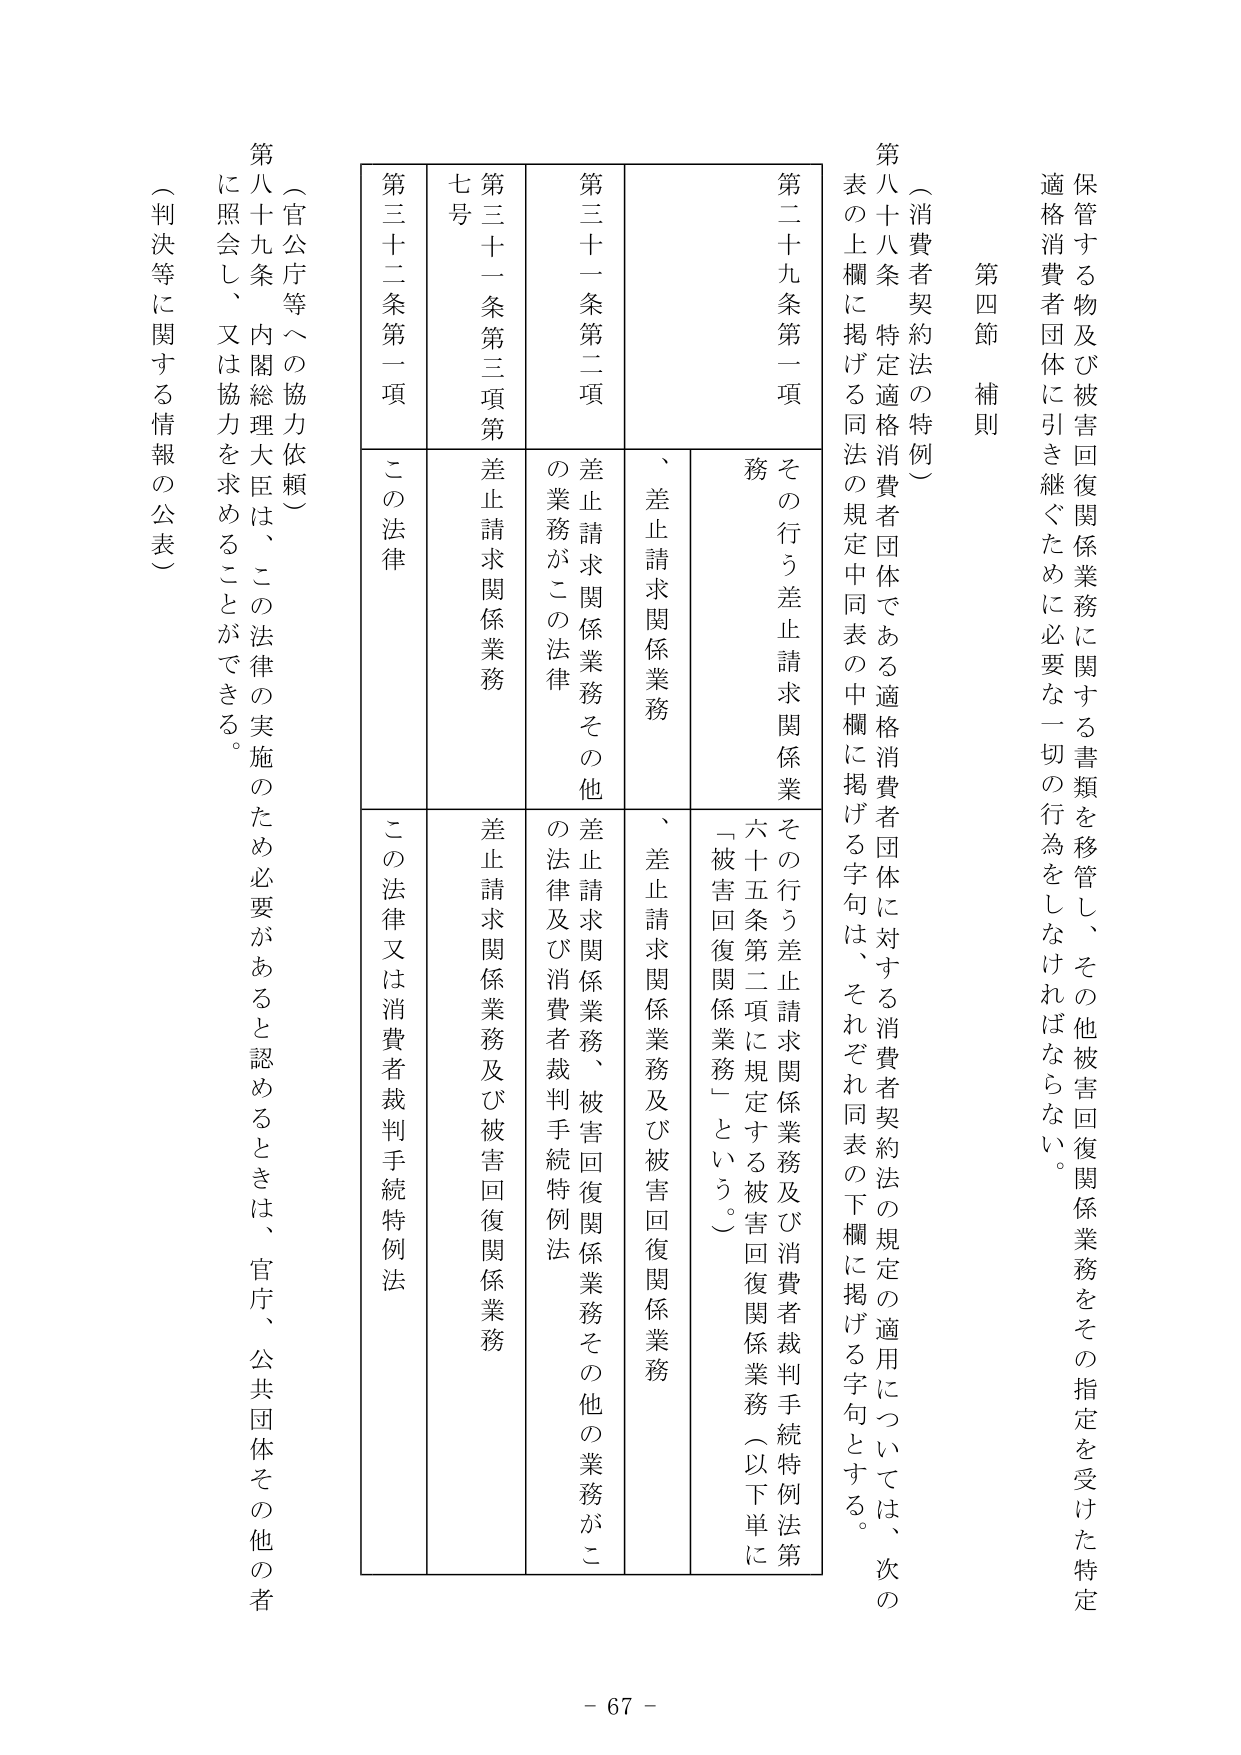
第四節 補則

（消費者契約法の特例）

第八十八条 特定適格消費者団体である適格消費者団体に対する消費者契約法の規定の適用については、次の表の上欄に掲げる同法の規定中同表の中欄に掲げる字句は、それぞれ同表の下欄に掲げる字句とする。

| 第二十九条第一項 | その行う差止請求関係業務 | その行う差止請求関係業務及び消費者裁判手続特例法第六十五条第二項に規定する被害回復関係業務（以下単に「被害回復関係業務」という。） |
| --- | --- | --- |
| 第三十一条第二項 | 、差止請求関係業務 | 、差止請求関係業務及び被害回復関係業務 |
| 第三十一条第三項第七号 | 差止請求関係業務 | 差止請求関係業務及び被害回復関係業務 |
| 第三十二条第一項 | この法律 | この法律又は消費者裁判手続特例法 |

（官公庁等への協力依頼）

第八十九条 内閣総理大臣は、この法律の実施のため必要があると認めるときは、官庁、公共団体その他の者に照会し、又は協力を求めることができる。

（判決等に関する情報の公表）

保管する物及び被害回復関係業務に関する書類を移管し、その他被害回復関係業務をその指定を受けた特定適格消費者団体に引き継ぐために必要な一切の行為をしなければならない。

- 67 -